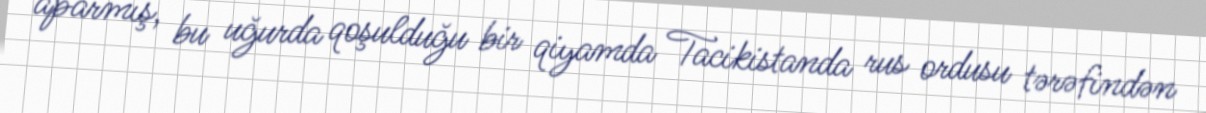
aparmış, bu uğurda qoşulduğu bir qiyamda Tacikistanda rus ordusu tərəfindən